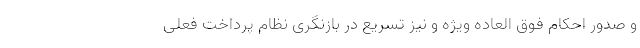
و صدور احکام فوق العاده ویژه و نیز تسریع در بازنگری نظام پرداخت فعلی